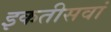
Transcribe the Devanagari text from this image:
इकतीसवां